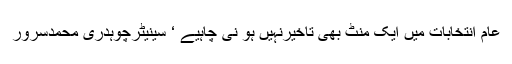
عام انتخابات میں ایک منٹ بھی تاخیرنہیں ہو نی چاہیے ‘ سینیٹرچوہدری محمدسرور